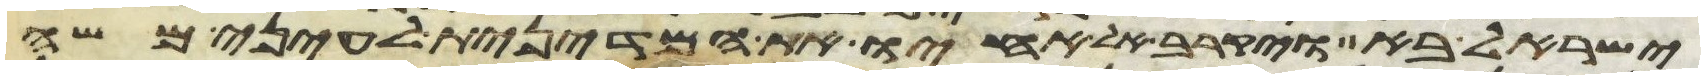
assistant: ישראל בא ויקרב אל אחיו את המדינית לעיני משה